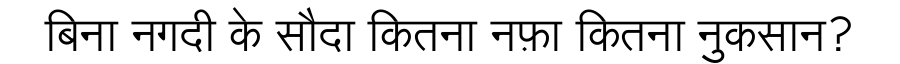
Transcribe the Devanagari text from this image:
बिना नगदी के सौदा कितना नफ़ा कितना नुकसान?